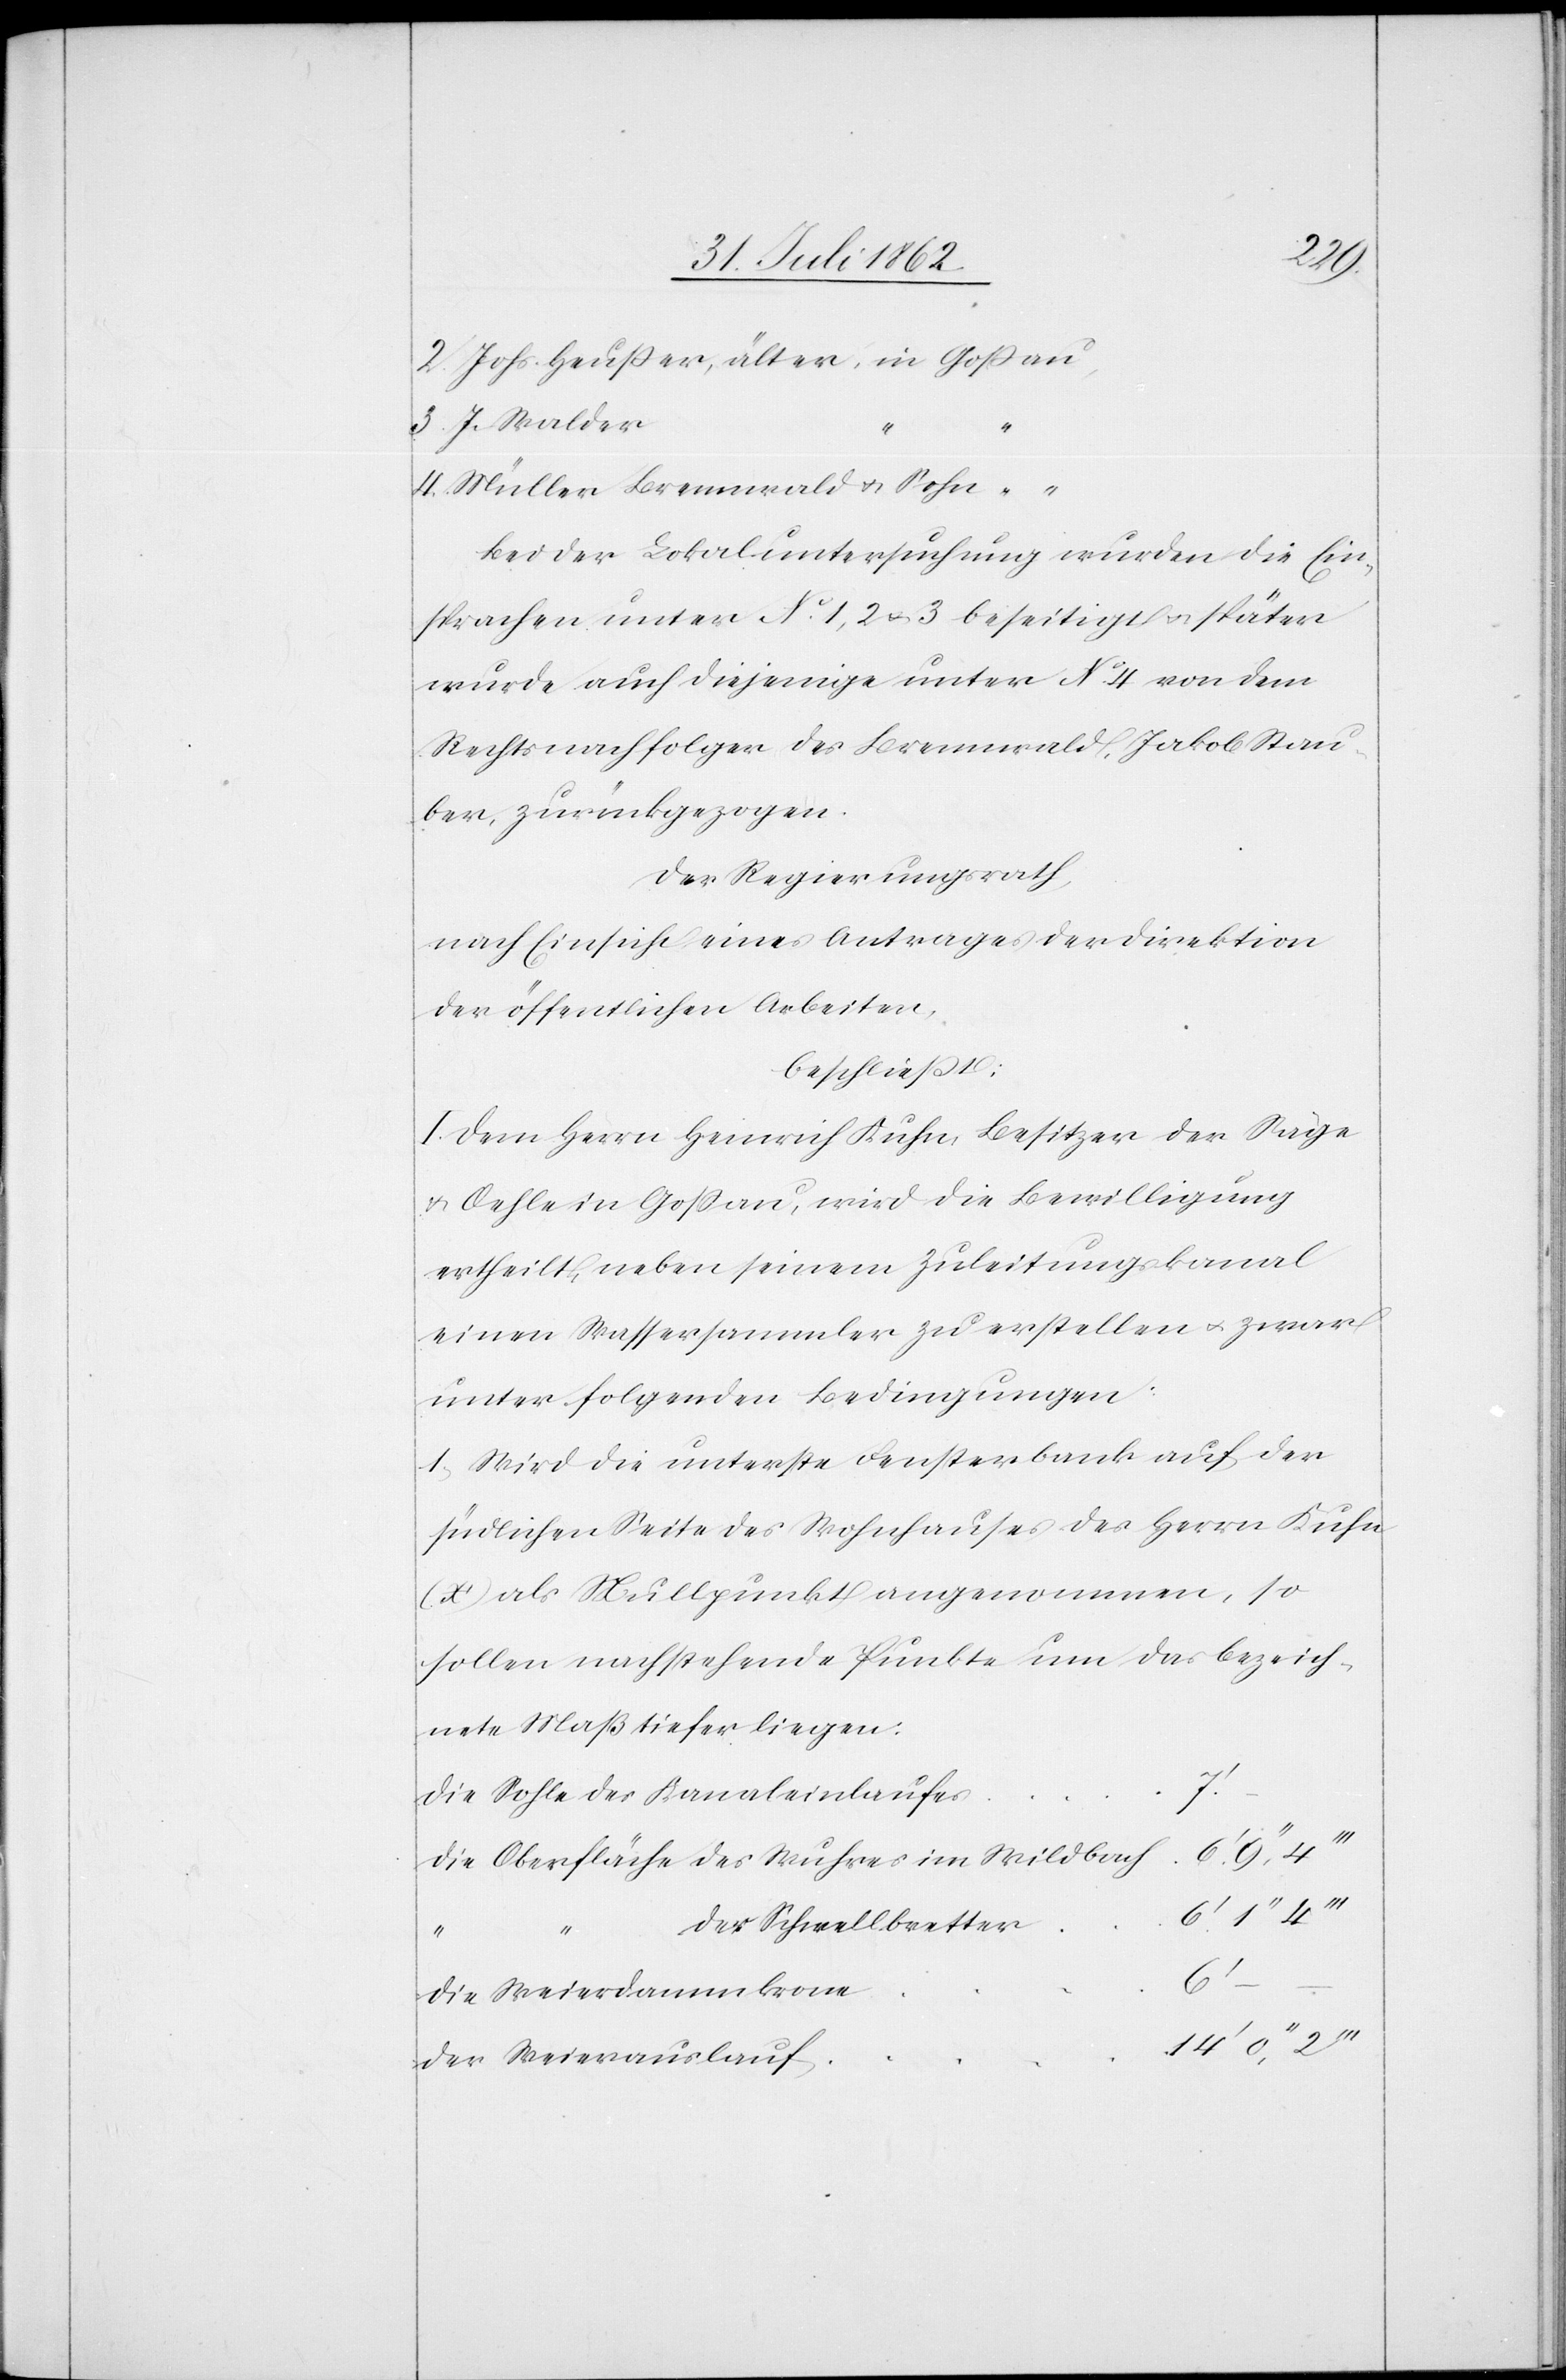
die
3. J. Walder
“
4. Müller Brennwald u. Sohn
“
Bei der Lokaluntersuchung wurden die Ein¬
sprachen unter No 1, 2 u. 3 beseitigt u. später
wurde auch diejenige unter No 4 von dem
Rechtsnachfolger des Brennwald, Jakob Stau¬
ber, zurückgezogen.
Der Regierungsrath,
nach Einsicht eines Antrages der Direktion
der öffentlichen Arbeiten,
beschließt:
I. Dem Herrn Heinrich Kuhn, Besitzer der Säge
u. Oehle in Goßau, wird die Bewilligung
ertheilt, neben seinem Zuleitungskanal
einen Wassersammler zu erstellen u. zwar
unter folgenden Bedingungen:
1. Wird die unterste Fensterbank auf der
südlichen Seite des Wohnhauses des Herrn Kuhn
(x’) als Nullpunkt angenommen, so
sollen nachstehende Punkte um das bezeich¬
nete Maß tiefer liegen:
Die Sohle des Kanaleinlaufes
der Schwellbretter
6’
Die Weierdammkrone
Der Weierauslauf